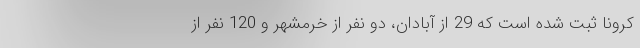
کرونا ثبت شده است که 29 از آبادان، دو نفر از خرمشهر و 120 نفر از